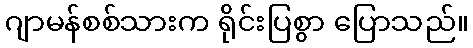
ဂျာမန်စစ်သားက ရိုင်းပြစွာ ပြောသည်။